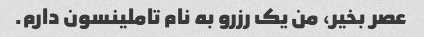
عصر بخیر، من یک رزرو به نام تاملینسون دارم.